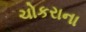
ચોકરાના